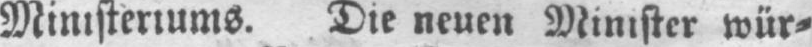
Ministeriums. Die neuen Minister wür⸗